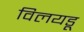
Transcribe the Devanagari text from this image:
विलयडू